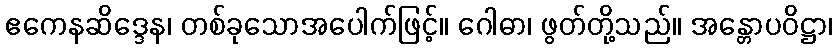
ဧကေနဆိဒ္ဒေန၊ တစ်ခုသောအပေါက်ဖြင့်။ ဂေါဓာ၊ ဖွတ်တို့သည်။ အန္တောပဝိဋ္ဌာ၊